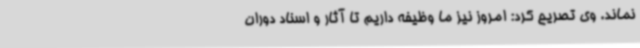
نماند. وی تصریح کرد: امروز نیز ما وظیفه داریم تا آثار و اسناد دوران